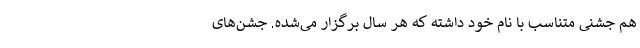
هم جشنی متناسب با نام خود داشته که هر سال برگزار می‌شده. جشن‌های